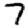
Digit: 7